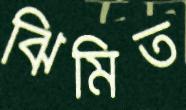
ঝিমিত